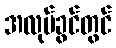
အလုပ်ခွင်တွင်